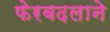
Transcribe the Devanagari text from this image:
फेरबदलाने